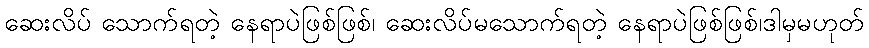
ဆေးလိပ် သောက်ရတဲ့ နေရာပဲဖြစ်ဖြစ်၊ ဆေးလိပ်မသောက်ရတဲ့ နေရာပဲဖြစ်ဖြစ်၊ဒါမှမဟုတ်